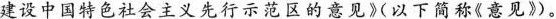
建设中国特色社会主义先行示范区的意见\gg (以下简称\ll 意见 \gg )。